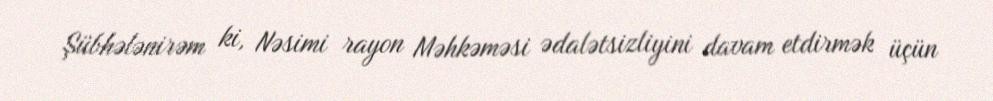
Şübhələnirəm ki, Nəsimi rayon Məhkəməsi ədalətsizliyini davam etdirmək üçün